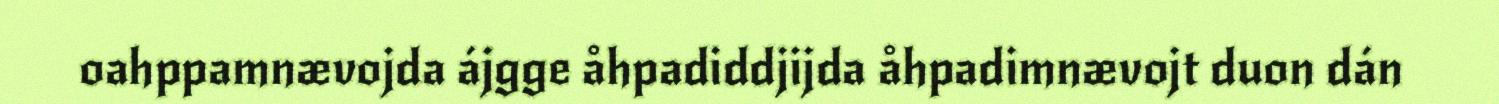
oahppamnævojda ájgge åhpadiddjijda åhpadimnævojt duon dán